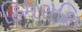
હિમરાશિ